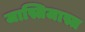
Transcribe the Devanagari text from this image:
जास्तिजास्त